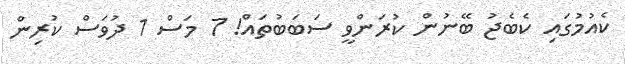
ކެއުމުގައި ކެބެޖު ބޭނުން ކުރަންވީ ސަބަބުތައް! 7 މަސް 1 ދުވަސް ކުރިން